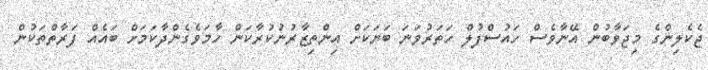
ޖެކެލިންގެ މިޖަވާބުން އޭނާވެސް ހައުސްފުލް ހަތަރުވަނަ ބަޔަކަށް އިންތިޒާރުނުކުރާކަން ހާމަވެގެންދާކަމަށް ބައެއް ފަރާތްތަކުން